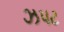
ઝપટ